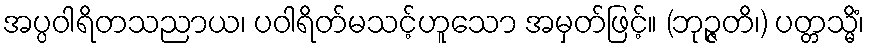
အပ္ပဝါရိတသညာယ၊ ပဝါရိတ်မသင့်ဟူသော အမှတ်ဖြင့်။ (ဘုဉ္ဇတိ၊) ပတ္တသ္မိံ၊